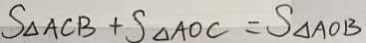
S _ { \Delta A C B } + S _ { \Delta A O C } = S _ { \Delta A O B }